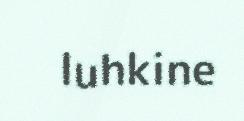
luhkine